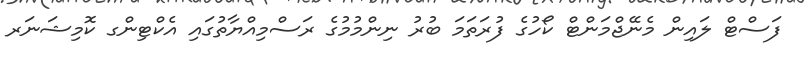
ފަސްޓް ލައިން މެނޭޖްމަންޓް ކޯހުގެ ފުރަތަމަ ބުރު ނިންމުމުގެ ރަސްމިއްޔާތުގައި އެކްޓިންގ ކޮމިޝަނަރ